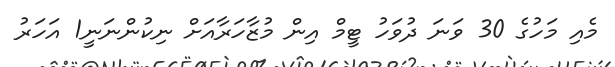
މެއި މަހުގެ 30 ވަނަ ދުވަހު ޓީމް އިން މުޒާހަރާއަށް ނިކުންނަނީ1 އަހަރު